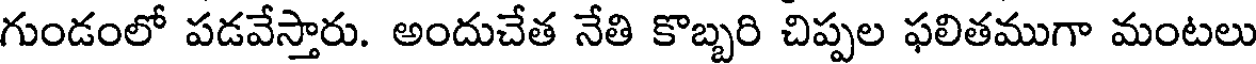
గుండంలో పడవేస్తారు. అందుచేత నేతి కొబ్బరి చిప్పల ఫలితముగా మంటలు